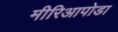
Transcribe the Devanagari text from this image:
मीरिआपोडा